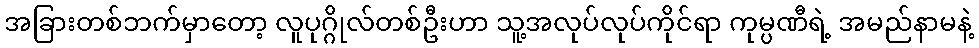
အခြားတစ်ဘက်မှာတော့ လူပုဂ္ဂိုလ်တစ်ဦးဟာ သူ့အလုပ်လုပ်ကိုင်ရာ ကုမ္ပဏီရဲ့ အမည်နာမနဲ့